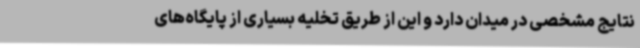
نتایج مشخصی در میدان دارد و این از طریق تخلیه بسیاری از پایگاه‌های